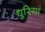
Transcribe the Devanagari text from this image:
धुरियां